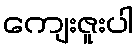
ကျေးဇူးပါ